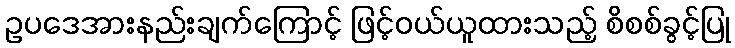
ဥပဒေအားနည်းချက်ကြောင့် ဖြင့်ဝယ်ယူထားသည့် စိစစ်ခွင့်ပြု